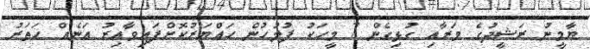
ޔާމީނު ރަޝީދުގެ މަރާއި ގުޅިގެން 7 މީހަކު ފުލުހުން ހައްޔަރުކޮށްފައިވާއިރު އަނެއް ހަތަރު